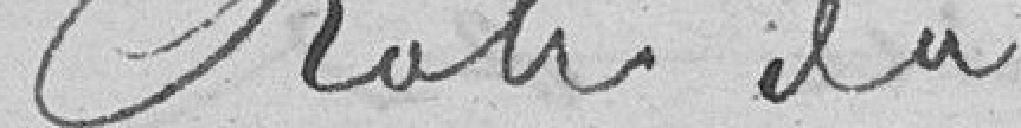
Roh du